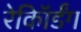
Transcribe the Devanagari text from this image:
रेकॉिर्डंग